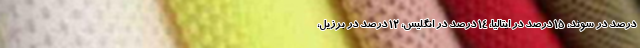
درصد در سوئد، ۱۵ درصد در ایتالیا، ۱۴ درصد در انگلیس، ۱۲ درصد در برزیل،